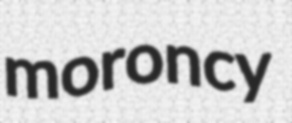
moroncy